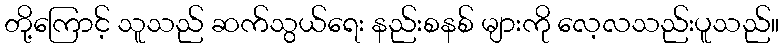
တို့ကြောင့် သူသည် ဆက်သွယ်ရေး နည်းစနစ် များကို လေ့လသည်းပူသည်။